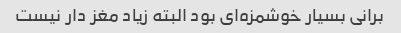
برانی بسیار خوشمزه‌ای بود البته زیاد مغز دار نیست